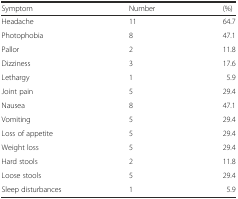
<table><thead><tr><td><b>Symptom</b></td><td><b>Number</b></td><td><b>(%)</b></td></tr></thead><tbody><tr><td>Headache</td><td>11</td><td>64.7</td></tr><tr><td>Photophobia</td><td>8</td><td>47.1</td></tr><tr><td>Pallor</td><td>2</td><td>11.8</td></tr><tr><td>Dizziness</td><td>3</td><td>17.6</td></tr><tr><td>Lethargy</td><td>1</td><td>5.9</td></tr><tr><td>Joint pain</td><td>5</td><td>29.4</td></tr><tr><td>Nausea</td><td>8</td><td>47.1</td></tr><tr><td>Vomiting</td><td>5</td><td>29.4</td></tr><tr><td>Loss of appetite</td><td>5</td><td>29.4</td></tr><tr><td>Weight loss</td><td>5</td><td>29.4</td></tr><tr><td>Hard stools</td><td>2</td><td>11.8</td></tr><tr><td>Loose stools</td><td>5</td><td>29.4</td></tr><tr><td>Sleep disturbances</td><td>1</td><td>5.9</td></tr></tbody></table>